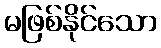
မဖြစ်နိုင်သော